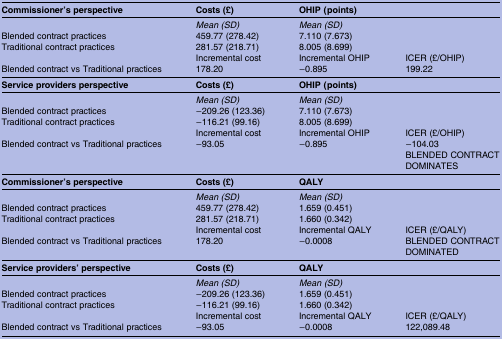
<table><thead><tr><td><b>Commissioner&#x27;s perspective</b></td><td><b>Costs (£)</b></td><td><b>OHIP (points)</b></td><td></td></tr></thead><tbody><tr><td></td><td><i>Mean (SD)</i></td><td><i>Mean (SD)</i></td><td></td></tr><tr><td>Blended contract practices</td><td>459.77 (278.42)</td><td>7.110 (7.673)</td><td></td></tr><tr><td>Traditional contract practices</td><td>281.57 (218.71)</td><td>8.005 (8.699)</td><td></td></tr><tr><td></td><td>Incremental cost</td><td>Incremental OHIP</td><td>ICER (£/OHIP)</td></tr><tr><td>Blended contract vs Traditional practices</td><td>178.20</td><td>−0.895</td><td>199.22</td></tr><tr><td><b>Service providers perspective</b></td><td><b>Costs (£)</b></td><td><b>OHIP (points)</b></td><td></td></tr><tr><td></td><td><i>Mean (SD)</i></td><td><i>Mean (SD)</i></td><td></td></tr><tr><td>Blended contract practices</td><td>−209.26 (123.36)</td><td>7.110 (7.673)</td><td></td></tr><tr><td>Traditional contract practices</td><td>−116.21 (99.16)</td><td>8.005 (8.699)</td><td></td></tr><tr><td></td><td>Incremental cost</td><td>Incremental OHIP</td><td>ICER (£/OHIP)</td></tr><tr><td>Blended contract vs Traditional practices</td><td>−93.05</td><td>−0.895</td><td>−104.03BLENDED CONTRACT DOMINATES</td></tr><tr><td><b>Commissioner&#x27;s perspective</b></td><td><b>Costs (£)</b></td><td><b>QALY</b></td><td></td></tr><tr><td></td><td><i>Mean (SD)</i></td><td><i>Mean (SD)</i></td><td></td></tr><tr><td>Blended contract practices</td><td>459.77 (278.42)</td><td>1.659 (0.451)</td><td></td></tr><tr><td>Traditional contract practices</td><td>281.57 (218.71)</td><td>1.660 (0.342)</td><td></td></tr><tr><td></td><td>Incremental cost</td><td>Incremental QALY</td><td>ICER (£/QALY)</td></tr><tr><td>Blended contract vs Traditional practices</td><td>178.20</td><td>−0.0008</td><td>BLENDED CONTRACT DOMINATED</td></tr><tr><td><b>Service providers’ perspective</b></td><td><b>Costs (£)</b></td><td><b>QALY</b></td><td></td></tr><tr><td></td><td><i>Mean (SD)</i></td><td><i>Mean (SD)</i></td><td></td></tr><tr><td>Blended contract practices</td><td>−209.26 (123.36)</td><td>1.659 (0.451)</td><td></td></tr><tr><td>Traditional contract practices</td><td>−116.21 (99.16)</td><td>1.660 (0.342)</td><td></td></tr><tr><td></td><td>Incremental cost</td><td>Incremental QALY</td><td>ICER (£/QALY)</td></tr><tr><td>Blended contract vs Traditional practices</td><td>−93.05</td><td>−0.0008</td><td>122,089.48</td></tr></tbody></table>